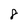
Character: 8